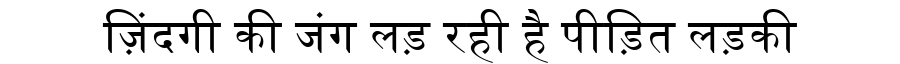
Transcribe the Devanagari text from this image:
ज़िंदगी की जंग लड़ रही है पीड़ित लड़की